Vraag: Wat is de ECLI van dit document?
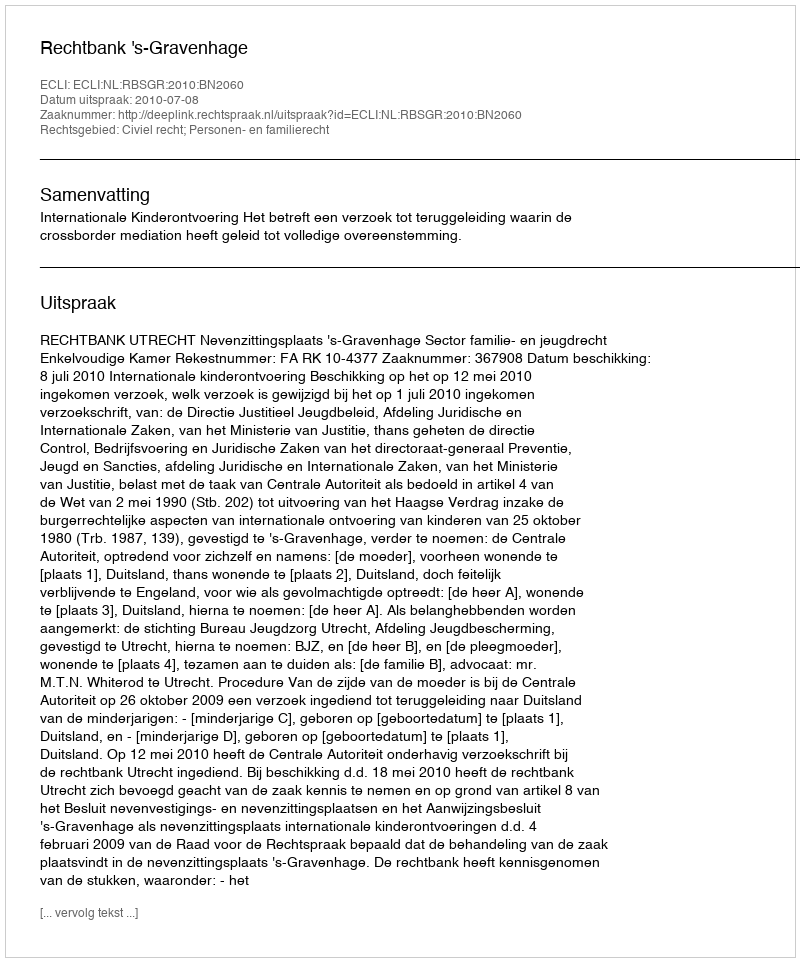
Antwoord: ECLI:NL:RBSGR:2010:BN2060